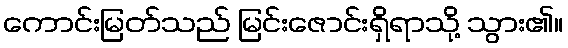
ကောင်းမြတ်သည် မြင်းဇောင်းရှိရာသို့ သွား၏။